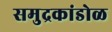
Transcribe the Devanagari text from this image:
समुद्रकांडोळ